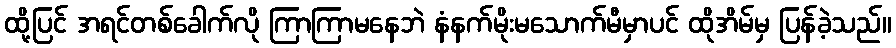
ထို့ပြင် အရင်တစ်ခေါက်လို ကြာကြာမနေဘဲ နံနက်မိုးမသောက်မီမှာပင် ထိုအိမ်မှ ပြန်ခဲ့သည်။